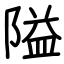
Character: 隘